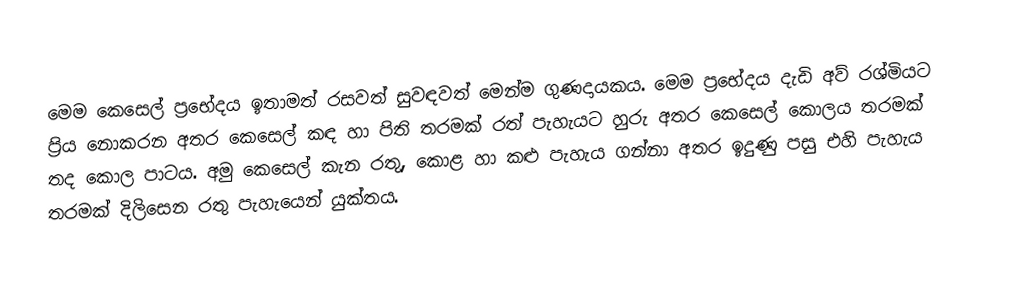
මෙම කෙසෙල් ප්‍රභේදය ඉතාමත් රසවත් සුවඳවත් මෙන්ම ගුණදායක‍ය. මෙම ප්‍රභේදය දැඩි අව් රශ්මියට ප්‍රිය නොකරන අතර කෙසෙල් කඳ හා පිති තරමක් රත් පැහැයට හුරු අතර කෙසෙල් කොලය තරමක් තද කොල පාටය. අමු කෙසෙල් කැන රතු, කොළ හා කළු පැහැය ගන්නා අතර ඉදුණු පසු එහි පැහැය තරමක් දිලිසෙන රතු පැහැයෙන් යුක්තය.